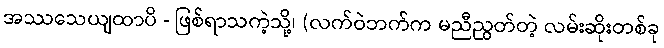
အဿသေယျထာပိ - ဖြစ်ရာသကဲ့သို့၊ (လက်ဝဲဘက်က မညီညွတ်တဲ့ လမ်းဆိုးတစ်ခု